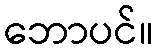
ဘောပင်။